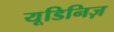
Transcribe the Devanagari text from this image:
यूडिनिज़